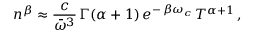
n ^ { \beta } \approx \frac { c } { \bar { \omega } ^ { 3 } } \, \Gamma ( \alpha + 1 ) \, e ^ { - \, \beta \omega _ { c } } \, T ^ { \alpha + 1 } \, ,